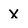
Character: x